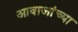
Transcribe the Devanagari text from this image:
आवाजांच्या